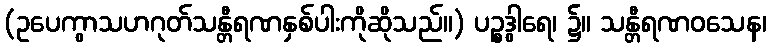
(ဥပေကွာသဟဂုတ်သန္တီရဏနှစ်ပါးကိုဆိုသည်။) ပဉ္စဒွါရေ၊ ၌။ သန္တီရဏဝသေန၊